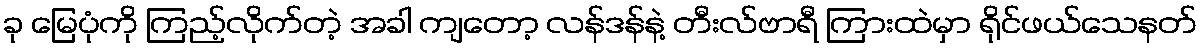
ခု မြေပုံကို ကြည့်လိုက်တဲ့ အခါ ကျတော့ လန်ဒန်နဲ့ တီးလ်ဗာရီ ကြားထဲမှာ ရိုင်ဖယ်သေနတ်